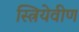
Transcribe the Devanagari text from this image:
स्त्रियेवीण